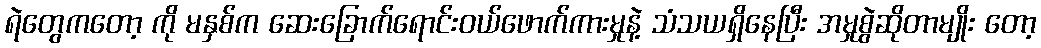
ရဲတွေကတော့ ကို မနှစ်က ဆေးခြောက်ရောင်းဝယ်ဖောက်ကားမှုနဲ့ သံသယရှိနေပြီး အမှုစွဲဆိုတာမျိုး တော့